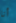
أنا